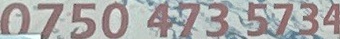
0750 473 5734